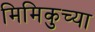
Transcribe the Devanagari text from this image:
मिमिकुच्या